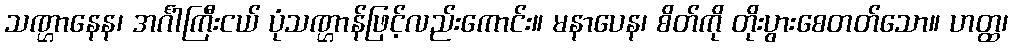
သဏ္ဌာနေန၊ အင်္ဂါကြီးငယ် ပုံသဏ္ဌာန်ဖြင့်လည်းကောင်း။ မနာပေန၊ စိတ်ကို တိုးပွားစေတတ်သော။ ဟတ္ထ၊